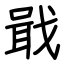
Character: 戢